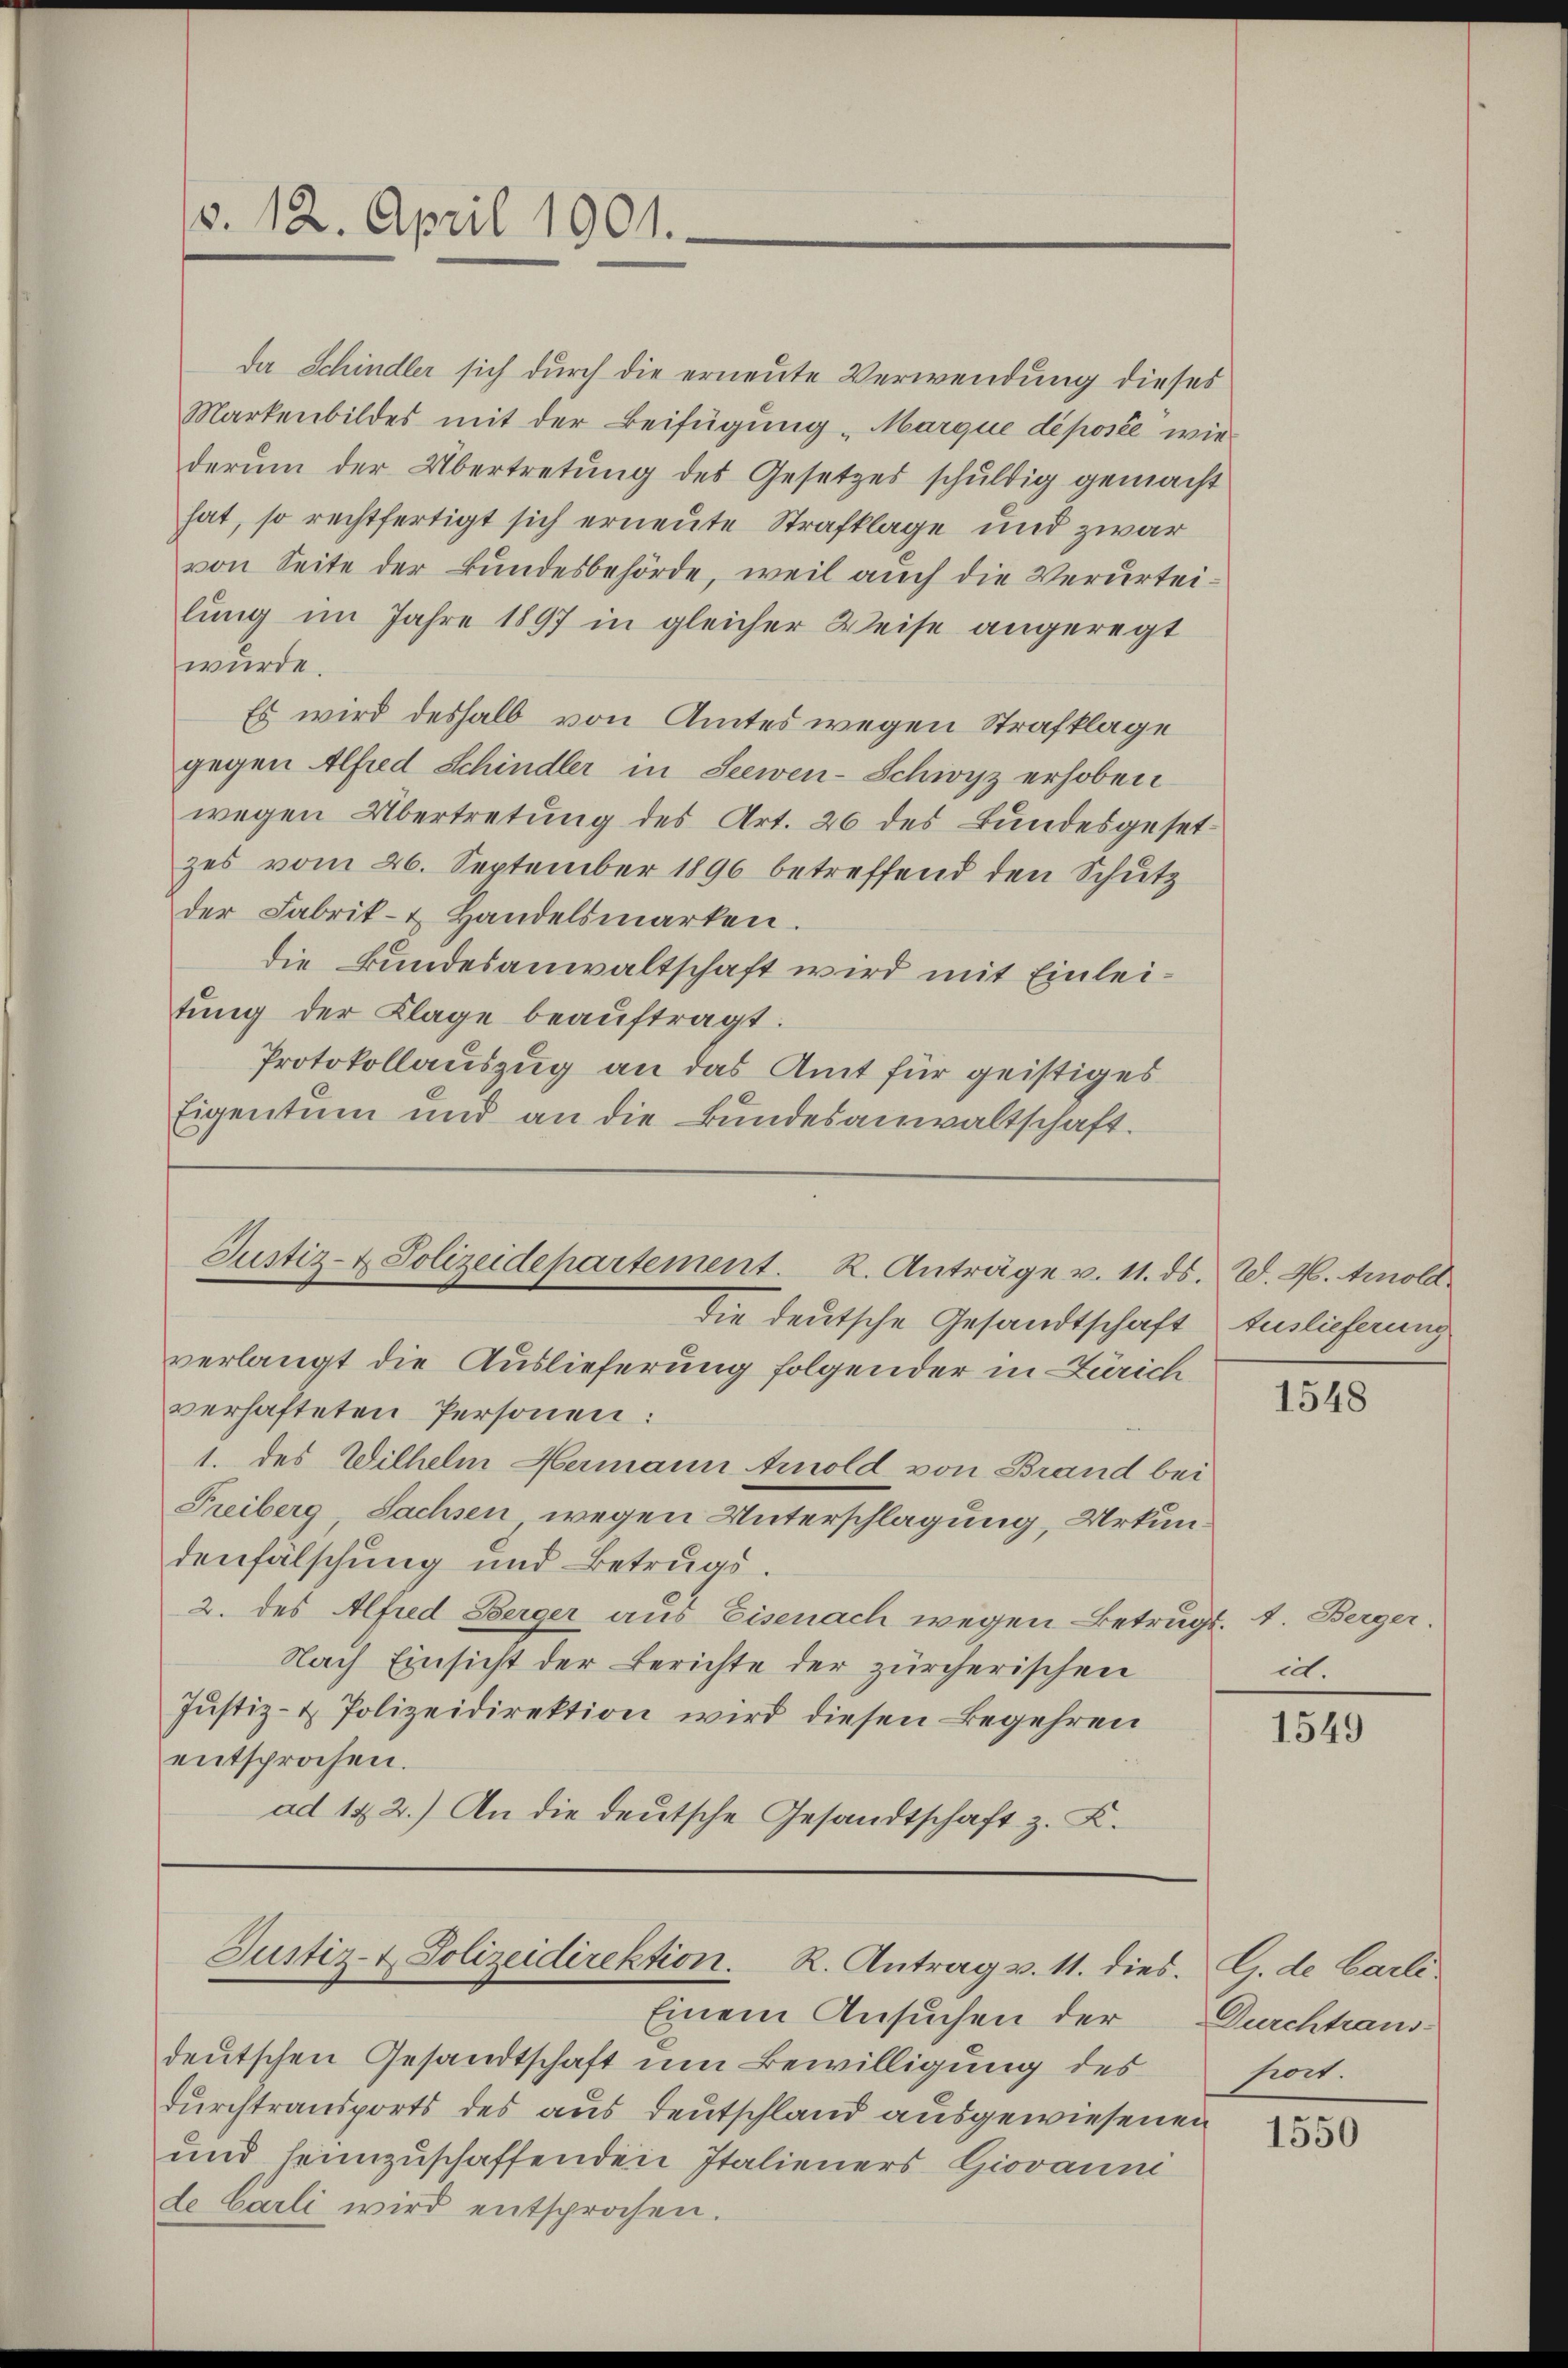
da Schindler sich durch die erneute Verwendung dieses
Markenbildes mit der Beifügung „Marque déposée wie
derum der Übertretŭng des Gesetzes schŭldig gemacht
hat, so rechtfertigt sich erneute Strafklage und zwar
von Seite der Bundesbehörde, weil auch die Verurtei-
lung im Jahre 1897 in gleicher Weise angeregt
würde.
Es wird deshalb von Amtes wegen Strafklage
gegen Alfred Schindler in Seewen-Schwyz erhoben
wegen Übertretung des Art. 26 des Bundesgesetzes vom 26. September 1896 betreffend den Schutz
der Fabrik- & Handelsmarken.
die Bundesanwaltschaft wird mit Einleitung der Klage beauftragt.
Protokollauszug an das Amt für geistiges
Eigentum und an die Bundesanwaltschaft.

o. 12. April 1901.

Justiz- & Polizeidepartement. K. Anträge v. 11. ds. W. M. Arnold
die deutsche Gesandtschaft Auslieferung

verlangt die Auslieferung folgender in Zürich
verhafteten Personen:
1. des Wilhelm Hermann Arnold von Brand bei
Freiberg, Sachsen wegen Unterschlagung, Urkundenfälschung und Betrugs.
2. des Alfred Berger aus Eisenach wegen Betrugs. 1. Berger.
Nach Einsicht der Berichte der zürcherischen
Justiz- & Polizeidirektion wird diesen Begehren
entsprochen.
ad 122.) An die deutsche Gesandtschaft z. K.

Justiz- & Polizeidirektion. R. Antrag v. 11. dies. G. de Carli
Einem Ansuchen der

deutschen Gesandtschaft um Bewilligung des
durchtransports des aus deutschland ausgewiesenen
und heimzuschaffenden Italieners Giovanni
de Carli wird entsprochen.

1548

ich

1549

Durchtraus-
hiert.